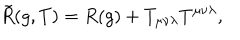
LaTeX: \tilde { R } ( g , T ) = R ( g ) + T _ { \mu \nu \lambda } T ^ { \mu \nu \lambda } ,